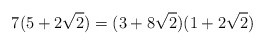
\begin{align*} 7(5+2\sqrt2)=(3+8\sqrt2)(1+2\sqrt2) \end{align*}